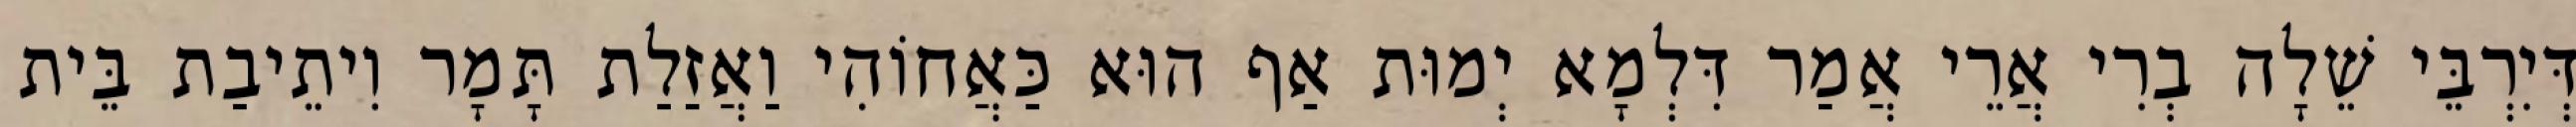
דְּיִרְבֵּי שֵׁלָה בְרִי אֲרֵי אֲמַר דִּלְמָא יְמוּת אַף הוּא כַּאֲחוֹהִי וַאֲזַלַת תָּמָר וִיתֵיבַת בֵּית